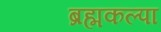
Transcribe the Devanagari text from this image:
ब्रह्मकल्पा